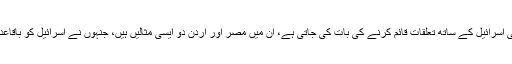
یہاں ایک اور مثال بھی ہمارے سامنے ہے کہ جن عرب ممالک کی اسرائیل کے ساتھ تعلقات قائم کرنے کی بات کی جاتی ہے، ان میں مصر اور اردن دو ایسی مثالیں ہیں، جنہوں نے اسرائیل کو باقاعدہ تسلیم کیا ہے تو کیا آج ان کی حالت پاکستان سے بہتر ہے یا بدتر۔